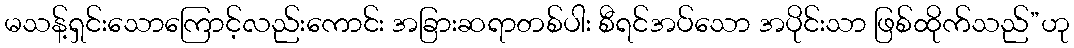
မသန့်ရှင်းသောကြောင့်လည်းကောင်း အခြားဆရာတစ်ပါး စီရင်အပ်သော အပိုင်းသာ ဖြစ်ထိုက်သည်”ဟု